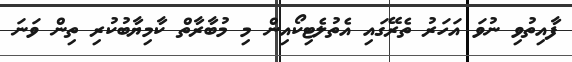
ފާއިތުވި ނުވަ އަހަރު ތެރޭގައި އެތުލެޓިކޯއިން މި މުބާރާތް ކާމިޔާބުކުރި ތިން ވަނަ